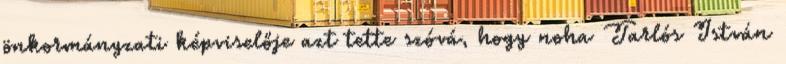
önkormányzati képviselője azt tette szóvá, hogy noha Tarlós István